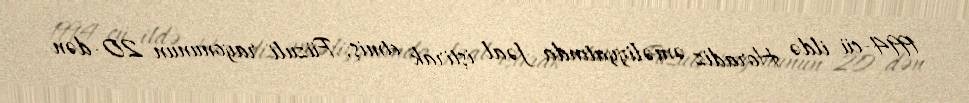
1994-cü ildə Horadiz əməliyyatında fəal iştirak etmiş, Füzuli rayonunun 20-dən